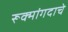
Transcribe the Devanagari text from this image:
रूक्मांगदाचे